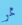
ممر